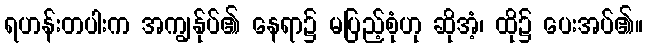
ရဟန်းတပါးက အကျွန်ုပ်၏ နေရာ၌ မပြည့်စုံဟု ဆိုအံ့၊ ထို၌ ပေးအပ်၏။